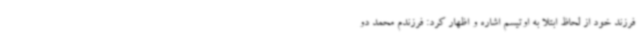
فرزند خود از لحاظ ابتلا به اوتیسم اشاره و اظهار کرد: فرزندم محمد دو